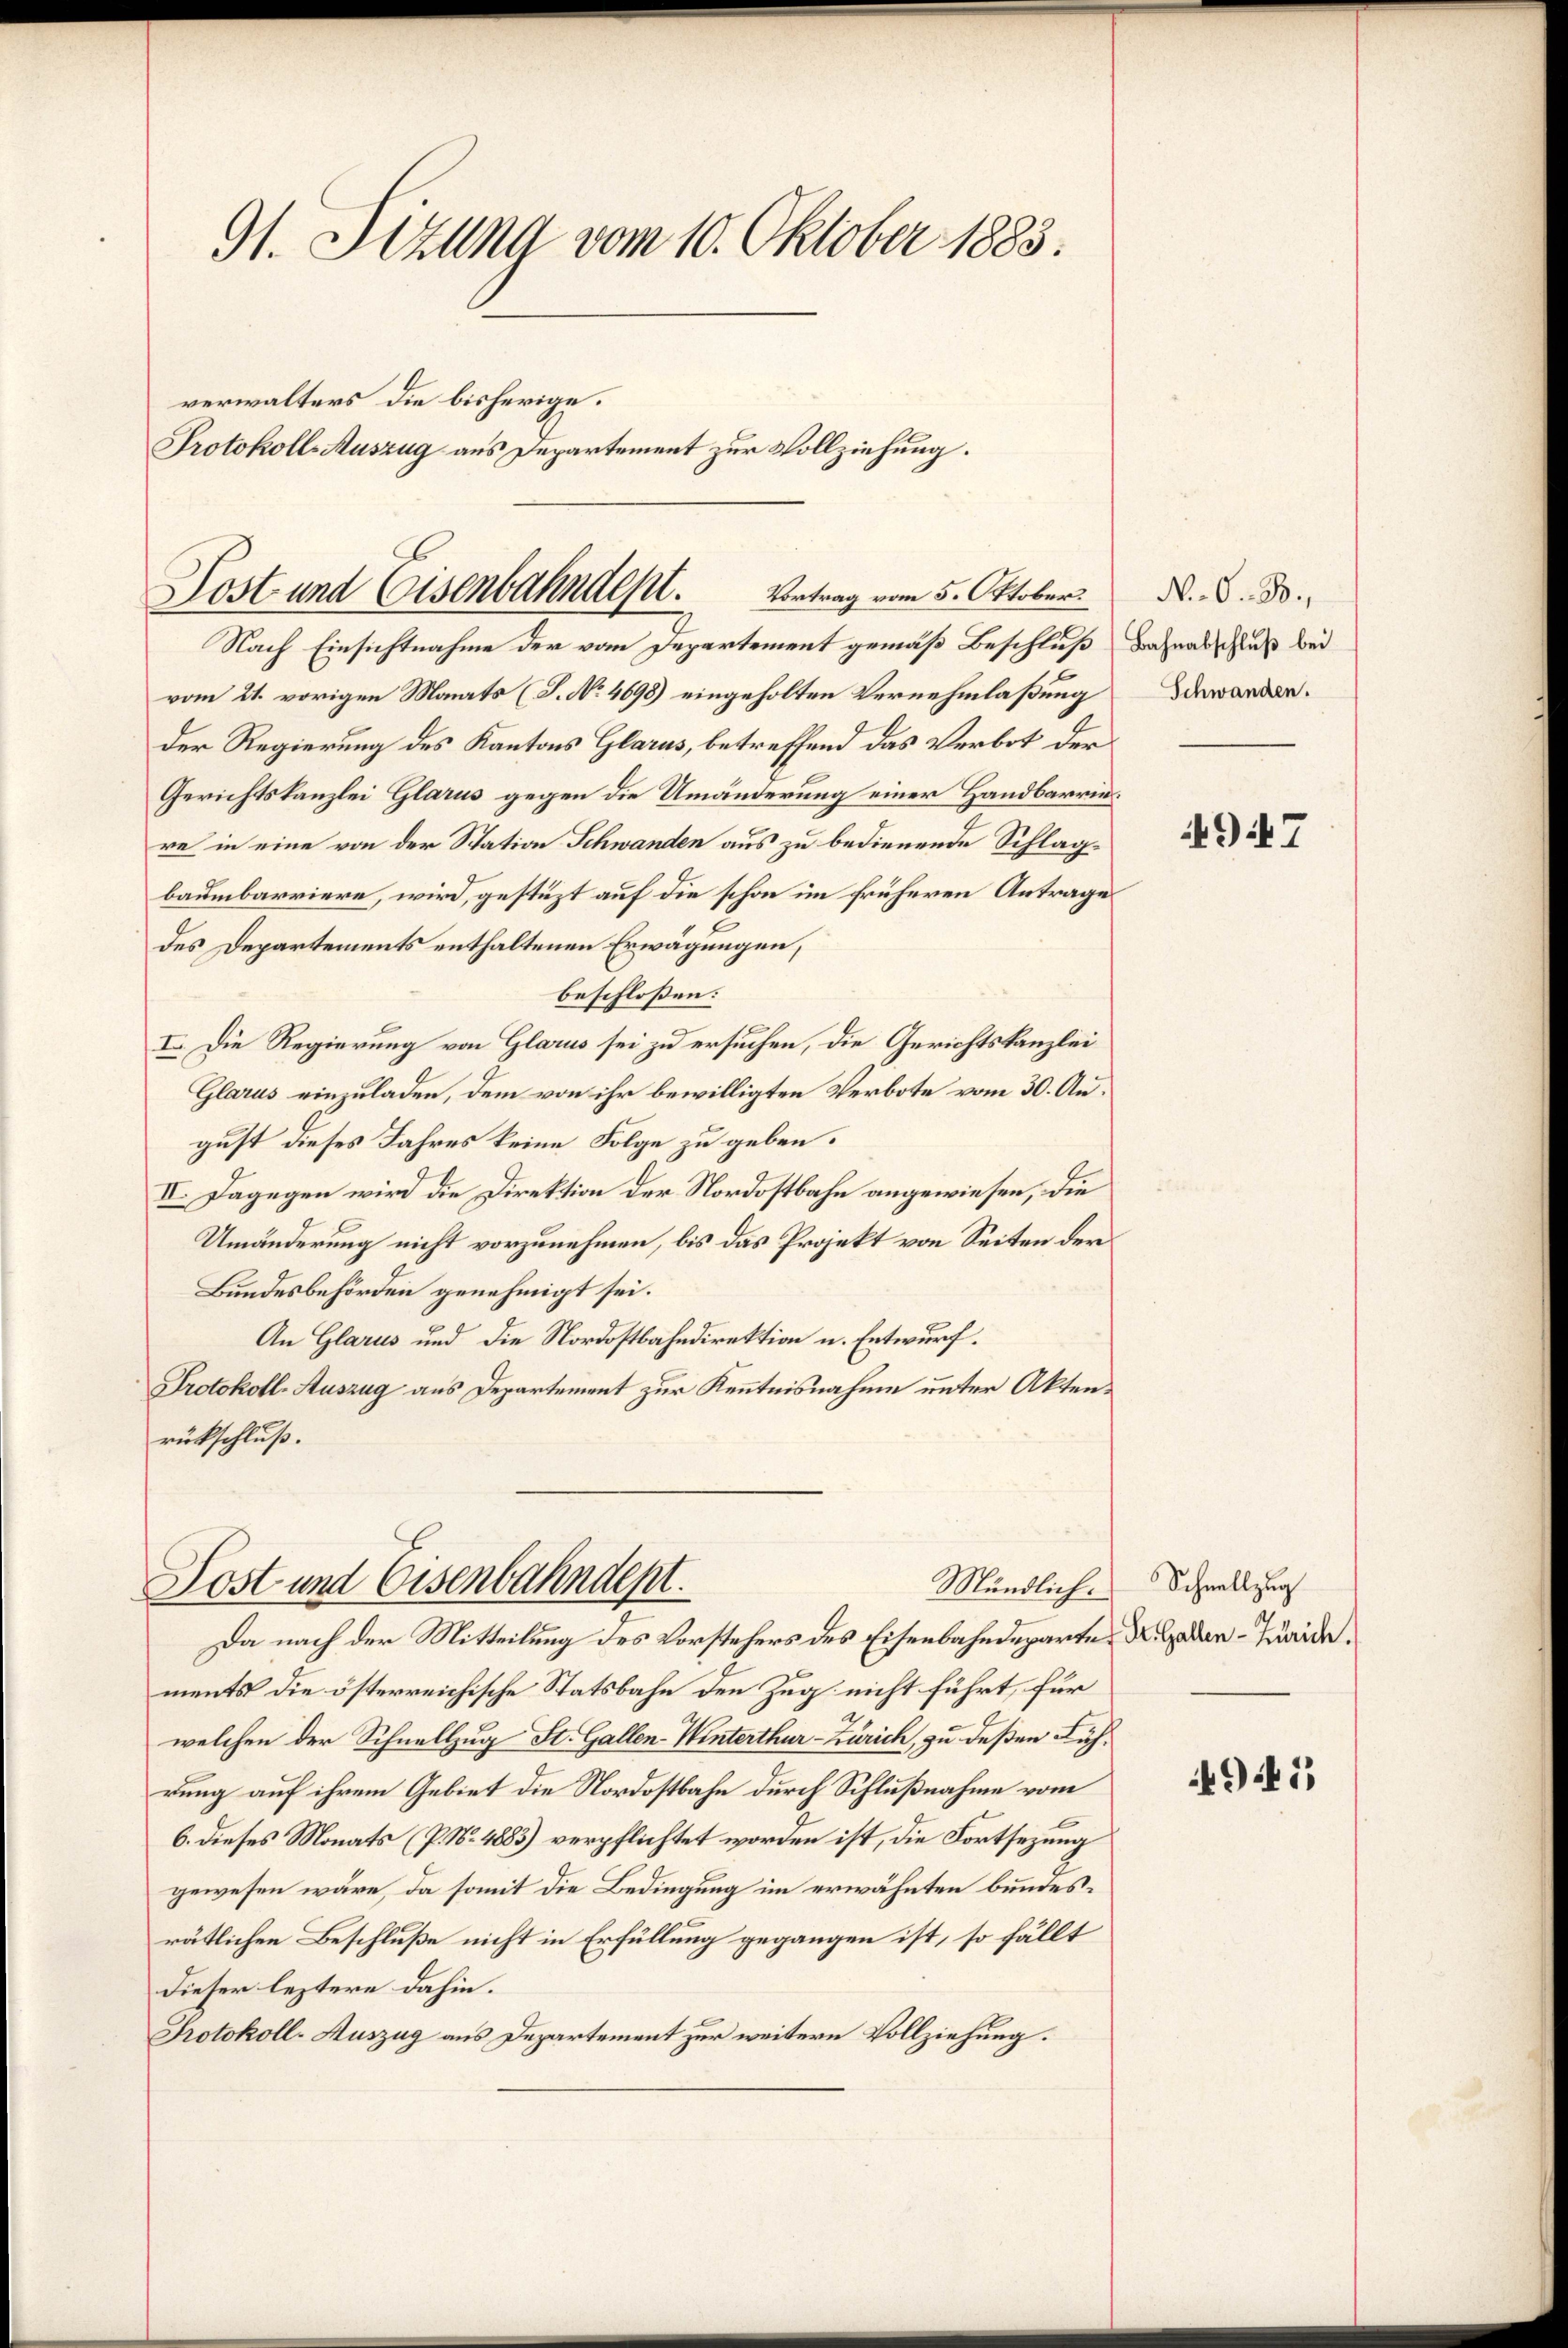
91. Jezung vom 10. Oktober 1883.
verwalters die bisherige.
Protokoll-Auszug aus Departement zur Vollziehung.

Kost- und Eisenbahndept.            Vertrag vom 5. Oktober.

Nach Einsichtnahme der vom Departement gemäß Beschluß Bahnabschluß bei
vom 21. vorigen Monats (S. No 4698) eingeholten Vernehmlaßung
Der Regierung des Kantons Glarus, betreffend das Verbot der
Gerichtskanzlei Glarus gegen die Umänderung einer Handbarrenre in eine von der Station Schwanden aus zu bedienende Schlagbaumbarriere, wird, gestüzt auf die schon im früheren Antrage
des Departements enthaltenen Erwägungen,
beschlossen:
I. Die Regierung von Glarus sei zu ersuchen, die Gerichtskanzlei
Glarus einzuladen, dem von ihr bewilligten Verbote vom 30. August dieses Jahres keine Folge zu geben.
II. Dagegen wird die Direktion der Nordostbahn angewiesen, die
Umänderung nicht vorzunehmen, bis das Projekt von Seiten der
Bundesbehörden genehmigt sei.
An Glarus und die Nordostbahndirektion u. Entwurf.
Protokoll-Auszug aus Departement zur Kenntnisnahme unter Aktenrückschluß.

Post und Eisenbahndept.
Da nach der Mitteilung des Vorstehers des Eisenbahndeparte, d. Gaden Juride,

ments die österreichische Statsbahn den Zug nicht führt, für
welchen der Schnellzug St. Gallen-Winterthur–Zürich, zu deßen Führung auf ihrem Gebiet die Nordostbahn durch Schlußnahme vom
6. dieses Monats (P. No. 4883) verpflichtet worden ist, die Fortsezung
gewesen wäre, da somit die Bedingung im erwähnten bundesrätlichen Beschluße nicht in Erfüllung gegangen ist, so fällt
dieser leztere dahin.
Protokoll-Auszug aus Departement zur weitern Vollziehung.

Mündlich. Schnellzug

N. O. B.,
Schwanden.

947

941